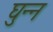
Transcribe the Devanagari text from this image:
घुन्न